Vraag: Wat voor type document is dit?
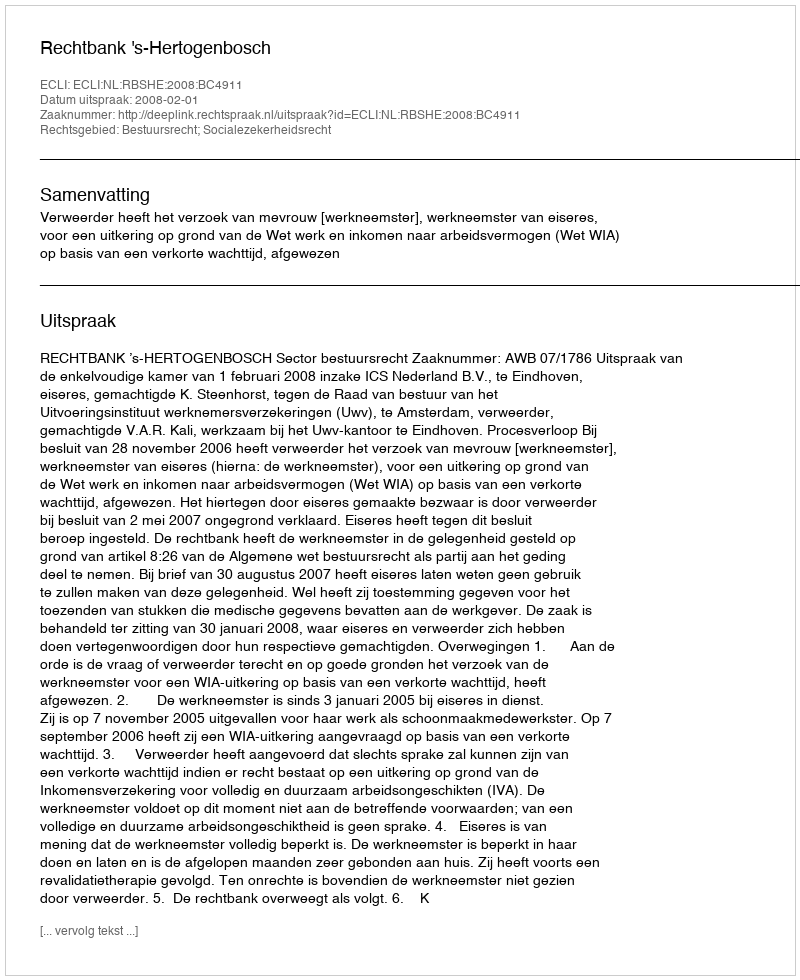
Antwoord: Uitspraak